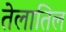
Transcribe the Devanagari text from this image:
तेलातिल